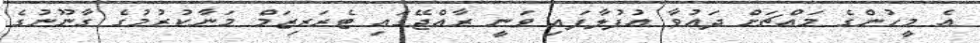
އެ މީހުންގެ މައްޗަށް ދައުވާ އުފުލާފައި ވަނީ ރާއްޖޭގައި ޓެރަރިޒަމް މަނާކުރުމުގެ ގާނޫނުގެ